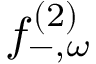
f _ { - , \omega } ^ { ( 2 ) }